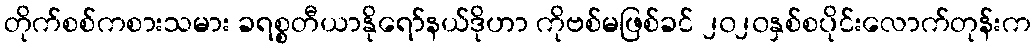
တိုက်စစ်ကစားသမား ခရစ္စတီယာနိုရော်နယ်ဒိုဟာ ကိုဗစ်မဖြစ်ခင် ၂၀၂၀နှစ်စပိုင်းလောက်တုန်းက